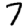
Digit: 7